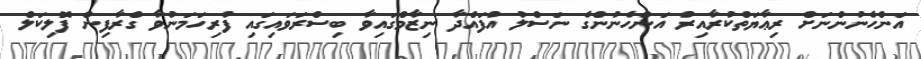
އަންހެނުންނަށް ރިޢާޔަތްކުރާއިރު އަންހެނުންގެ ނަސްލު އުފައްދާ ނިޒާމްގައިވާ ބިސްރަވައިގައި ފުރިހަމަނުވާ ގްރާފިން ފޮލިކަލް